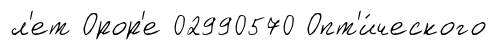
л'ет Орор'е 02990570 Опт'и́ческого